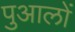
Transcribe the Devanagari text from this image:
पुआलों